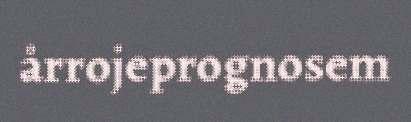
årrojeprognosem